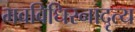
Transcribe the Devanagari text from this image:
भवविधिरनादृत्य